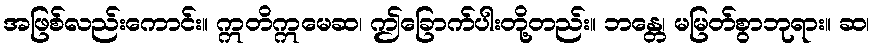
အဖြစ်လည်းကောင်း။ ဣတိဣမေဆ၊ ဤခြောက်ပါးတို့တည်း။ ဘန္တေ၊ မမြတ်စွာဘုရား။ ဆ၊